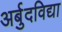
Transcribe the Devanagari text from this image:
अर्बुदविद्या